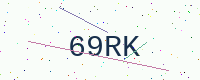
Text: 69RK